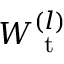
W _ { \mathrm { ~ t ~ } } ^ { ( l ) }